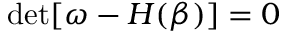
\operatorname* { d e t } [ \omega - H ( \beta ) ] = 0